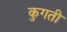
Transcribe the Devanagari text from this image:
कुगती